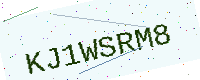
Text: KJ1WSRM8